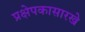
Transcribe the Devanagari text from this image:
प्रक्षेपकासारखे